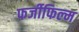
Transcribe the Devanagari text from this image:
फर्जीफिल्म